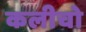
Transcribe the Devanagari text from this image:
कलीचो